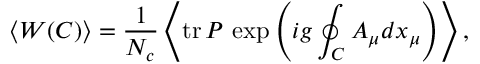
\left< W ( C ) \right> = \frac { 1 } { N _ { c } } \left< \mathrm { t r } { \, } P { \, } \exp \left( i g \oint _ { C } ^ { } A _ { \mu } d x _ { \mu } \right) \right> ,